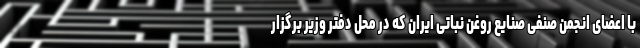
با اعضای انجمن صنفی صنایع روغن نباتی ایران که در محل دفتر وزیر برگزار